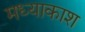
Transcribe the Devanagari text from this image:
मध्याकाश